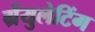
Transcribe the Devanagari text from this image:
ग्रेंयुलेटिंग